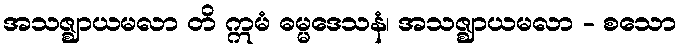
အသဇ္ဈာယမလာ တိ ဣမံ ဓမ္မဒေသနံ၊ အသဇ္ဈာယမလာ - စသော